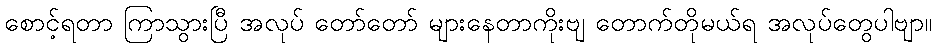
စောင့်ရတာ ကြာသွားပြီ အလုပ် တော်တော် များနေတာကိုးဗျ တောက်တိုမယ်ရ အလုပ်တွေပါဗျာ။